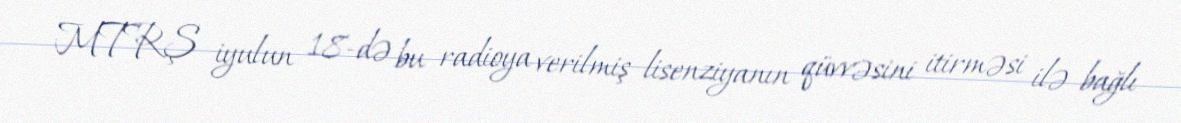
MTRŞ iyulun 18-də bu radioya verilmiş lisenziyanın qüvvəsini itirməsi ilə bağlı